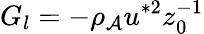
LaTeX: G_{l}=-\rho_{\mathcal{A}}u^{*2}z_{0}^{-1}